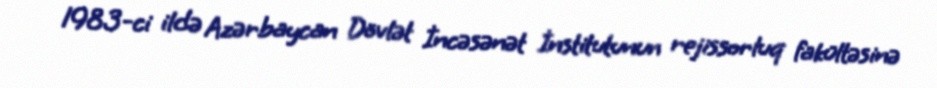
1983-ci ildə Azərbaycan Dövlət İncəsənət İnstitutunun rejissorluq fakültəsinə